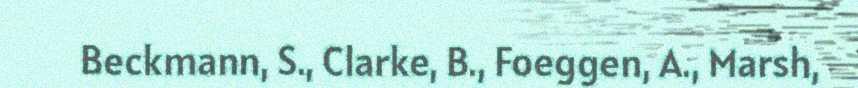
Beckmann, S., Clarke, B., Foeggen, A., Marsh,